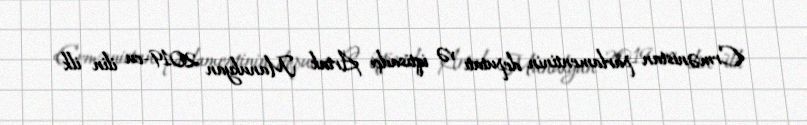
Ermənistan parlamentinin deputatı və iqtisadçı Artak Manukyan 2019-cu ilin ilk